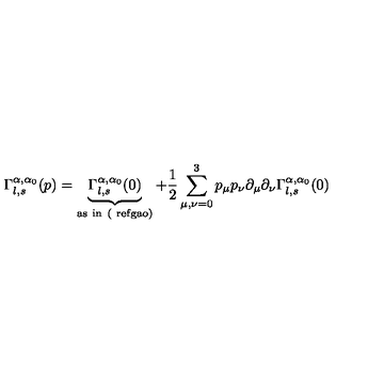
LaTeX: \Gamma _ { l , s } ^ { \alpha , \alpha _ { 0 } } ( p ) = \underbrace { \Gamma _ { l , s } ^ { \alpha , \alpha _ { 0 } } ( 0 ) } _ { \mathrm { { a s \ i n \ ( \ r e f { g a o } } ) } } + \frac { 1 } { 2 } \sum _ { \mu , \nu = 0 } ^ { 3 } p _ { \mu } p _ { \nu } \partial _ { \mu } \partial _ { \nu } \Gamma _ { l , s } ^ { \alpha , \alpha _ { 0 } } ( 0 )